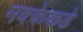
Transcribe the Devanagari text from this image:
मक्केकडे